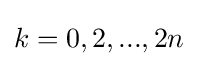
k=0,2,...,2n